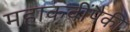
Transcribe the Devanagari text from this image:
महाकवींपैकी